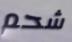
شحم